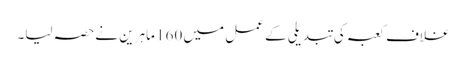
غلاف کعبہ کی تبدیلی کے عمل میں 160 ماہرین نےحصہ لیا۔